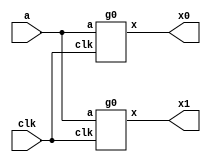
module gld(input clk,a,output x0,x1) ;
    g0 U0(.clk(clk),.a(a),         .x(x0));
    g0 U1(.clk(clk),.a(a),         .x(x1));
endmodule // gld
module g0(input clk,a,  output reg x) ;
    always @(posedge clk) x <= a ;
endmodule // g0

module rvs(input clk,a,output x0,x1) ;
    r0 U0(.clk(clk),.a(a),.b(1'b0),.x(x0));
    r0 U1(.clk(clk),.a(a),.b(    ),.x(x1));
endmodule // rvs
module r0(input clk,a,b,output reg x) ;
    always @(posedge clk) x <= a ;
endmodule // r0